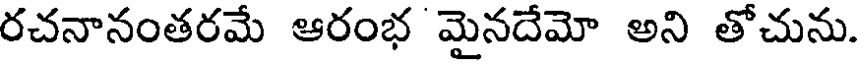
రచనానంతరమే ఆరంభ మైనదేమో అని తోచును.